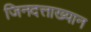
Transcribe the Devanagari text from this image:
जिनदत्ताख्यान